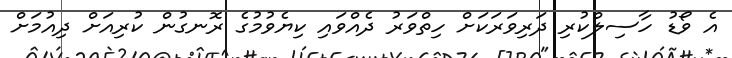
އެ ވޯޑު ހާސިލްކުރި ދަރިވަރަކަށް ހިތްވަރު ދެއްވައި ކިޔެވުމުގެ ރޮނގުން ކުރިއަށް ދިއުމަށް